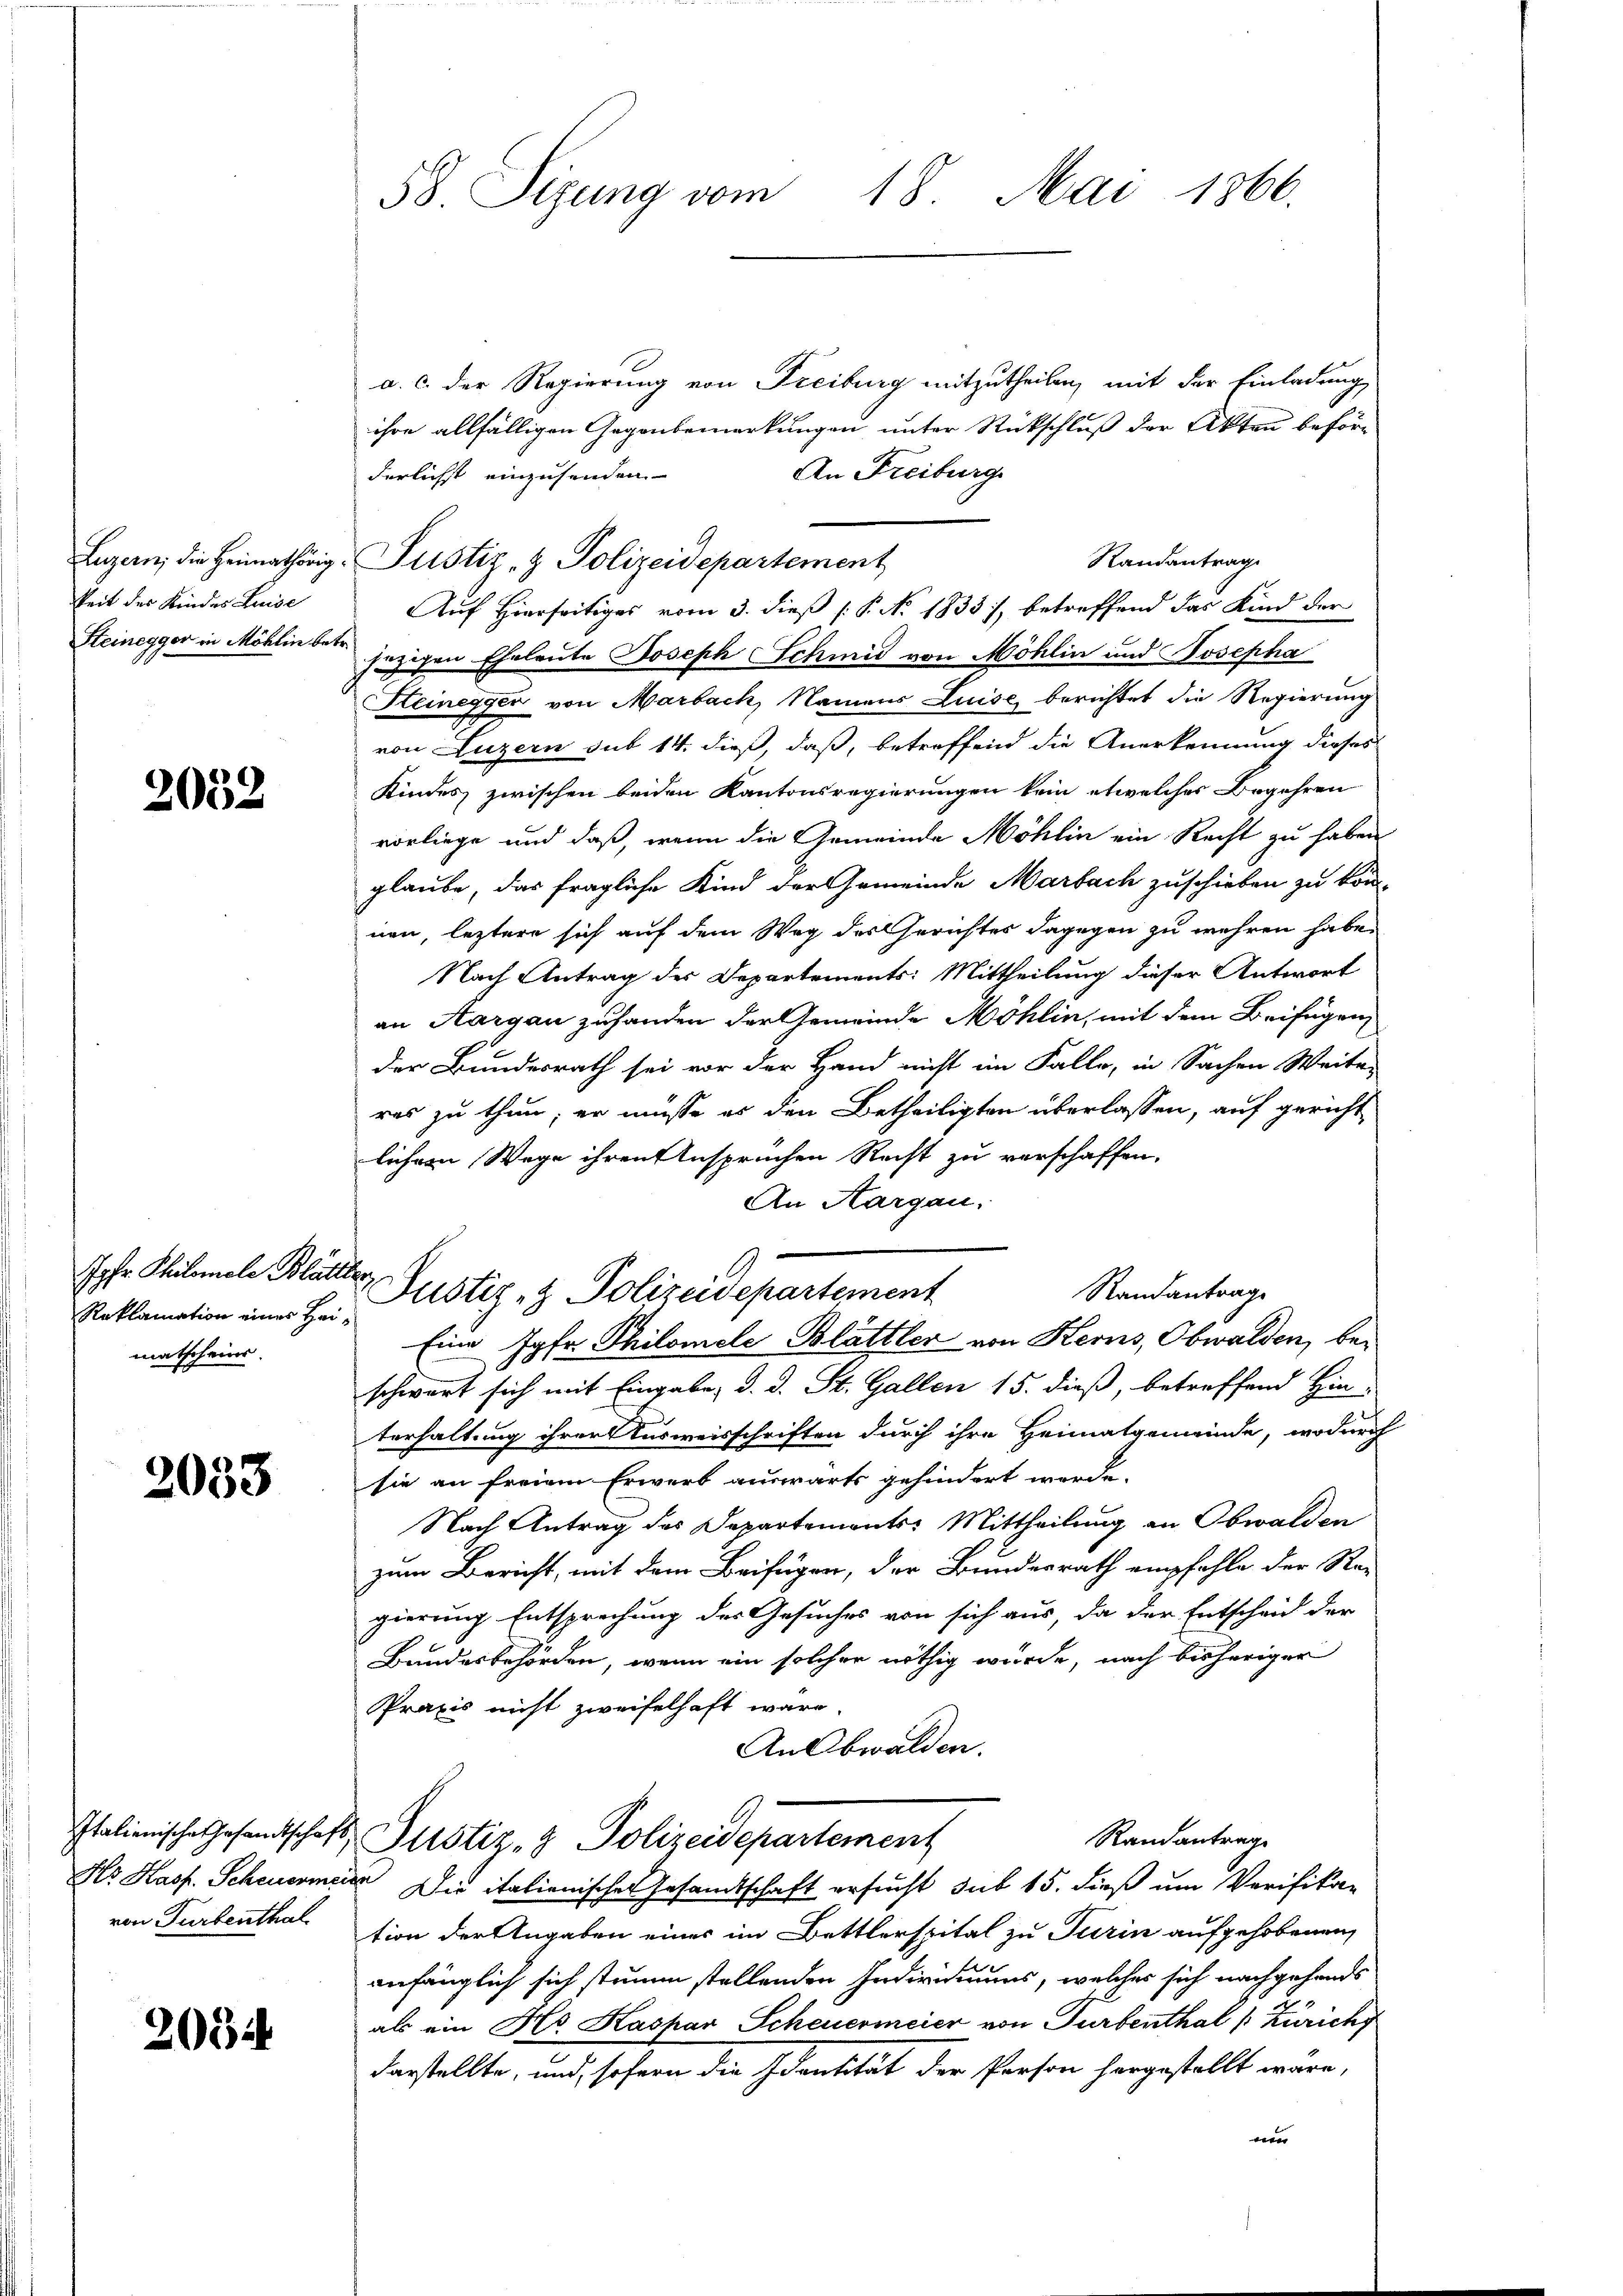
Luzern, die Heimathörig
keit des Kindes Luise
Steinegger in Möhlin betr.

2032

Jahr Philomele Blat
matscheins.

2033

Italienische Gesandtsche,
Hr. Hass. Scheuerme
von Turbenthal

206

58 Sizung vom 18. Mai 1866.

a. c. der Regierung von Freiburg mitzutheilen, mit der Einladung
ihre allfälligen Gegenbemerkungen unter Rückschluß der Akten beför¬
An Freiburg
derlichst einzusenden.
zesen Eheleute Joseph Schmid von Möhlin und Josepha
Heinegger von Marbach, Namens Luise berichtet die Regierung
von Luzern sub 14. dieß, daß, betreffend die Anerkennung dieses
Kindes zwischen beiden Kantonsregierungen kein etwelcher Begehren
vorliege und daß, wenn die Gemeinde Möhlin ein Recht zu haben
glaube, das fragliche Kind der Gemeinde Marbach zuschieben zu kön
nen, leztere sich auf dem Weg des Gerichtes dagegen zu wehren habe.
Nach Antrag der Departements: Mittheilung dieser Antwort
an Aargau zuhanden der Gemeinde Möhlin, mit dem Beifügen
der Bundesrath sei vor der Hand nicht im Falle, in Sachen Weiter
res zu thun; er müsse es den Betheiligten überlassen, auf gericht
licher Wege ihren Anspruchen Recht zu verschaffen.
An Aargau.
2
Randantrage
Roklamation imer Hr. Custiz & Polizeidepartement
Eine Jgfr Philomele Blättler von Kerns, Obwalden, beschwart sich mit Eingabe, d. d. St. Gallen 15. dieß, betreffend Hin-
terhaltung ihrer Ausweisschriften durch ihre Heimatgemeinde, wodurch
sie an freiem Erwerb auswärts gehindert werde.
Nach Antrag des Departements-Mittheilung an Obwalden
zum Bericht, mit dem Beifügen, der Bundesrath empfehle der Re-
gierung Entsprechung des Gesuches von sich aus, da der Entscheid der
Bundesbehörden, wenn ein solcher nöthig wurde, nach bisheriger
Praxis nicht zweifelhaft wäre
An Obwalden.
Randantrage
2. Justiz- & Polizeidepartement
ins Die italienischen Gesamtschaft ersucht sub 15. dieß um Verifika-
tion der Angaben einer im Bettlerspital zu Turin aufgehobenen
anfänglich sich stimme stellenden Individuums, welches sich nachgehands
als ein Ho Kashar Scheuermeier von Turbenthal (Zürich
darstellte, und sofern die Identität der Person hergestellt wäre,
vere

Randantrag
Justiz- & Polizeidepartement
Auf Hierseitiges vom 3. dieß P. Nr. 1833), betreffend das Kind der